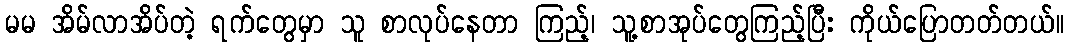
မမ အိမ်လာအိပ်တဲ့ ရက်တွေမှာ သူ စာလုပ်နေတာ ကြည့်၊ သူ့စာအုပ်တွေကြည့်ပြီး ကိုယ်ပြောတတ်တယ်။